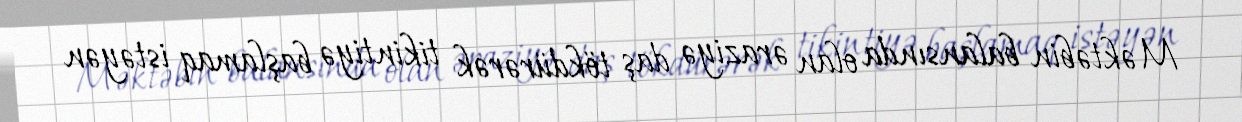
Məktəbin balansında olan əraziyə daş tökdürərək tikintiyə başlamaq istəyən